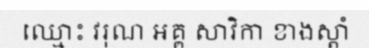
ឈ្មោះ វរុណ អគ្គ សាវិកា ខាងស្តាំ